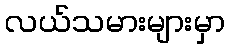
လယ်သမားများမှာ